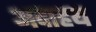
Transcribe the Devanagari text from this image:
अदाहय